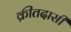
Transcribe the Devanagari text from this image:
क्रीतदासी